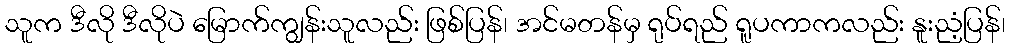
သူက ဒီလို ဒီလိုပဲ မြောက်ကျွန်းသူလည်း ဖြစ်ပြန်၊ အင်မတန်မှ ရုပ်ရည် ရူပကာကလည်း နူးညံ့ပြန်၊